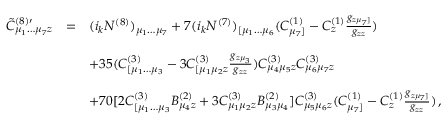
\begin{array} { r c l } { { { \tilde { C } } _ { \mu _ { 1 } \dots \mu _ { 7 } z } ^ { ( 8 ) \prime } } } & { { = } } & { { ( i _ { k } N ^ { ( 8 ) } ) _ { \mu _ { 1 } \dots \mu _ { 7 } } + 7 ( i _ { k } N ^ { ( 7 ) } ) _ { [ \mu _ { 1 } \dots \mu _ { 6 } } ( C _ { \mu _ { 7 } ] } ^ { ( 1 ) } - C _ { z } ^ { ( 1 ) } \frac { g _ { z \mu _ { 7 } ] } } { g _ { z z } } ) } } \\ { { } } & { { } } & { { } } \\ { { } } & { { } } & { { + 3 5 ( C _ { [ \mu _ { 1 } \dots \mu _ { 3 } } ^ { ( 3 ) } - 3 C _ { [ \mu _ { 1 } \mu _ { 2 } z } ^ { ( 3 ) } \frac { g _ { z \mu _ { 3 } } } { g _ { z z } } ) C _ { \mu _ { 4 } \mu _ { 5 } z } ^ { ( 3 ) } C _ { \mu _ { 6 } \mu _ { 7 } z } ^ { ( 3 ) } } } \\ { { } } & { { } } & { { } } \\ { { } } & { { } } & { { + 7 0 [ 2 C _ { [ \mu _ { 1 } \dots \mu _ { 3 } } ^ { ( 3 ) } B _ { \mu _ { 4 } z } ^ { ( 2 ) } + 3 C _ { \mu _ { 1 } \mu _ { 2 } z } ^ { ( 3 ) } B _ { \mu _ { 3 } \mu _ { 4 } } ^ { ( 2 ) } ] C _ { \mu _ { 5 } \mu _ { 6 } z } ^ { ( 3 ) } ( C _ { \mu _ { 7 } ] } ^ { ( 1 ) } - C _ { z } ^ { ( 1 ) } \frac { g _ { z \mu _ { 7 } ] } } { g _ { z z } } ) \, , } } \end{array}